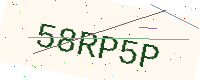
Text: 58RP5P